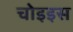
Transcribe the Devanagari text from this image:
चोइइस